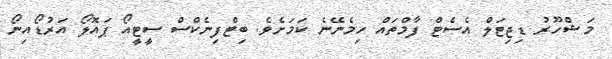
މަޝްހޫރު ޑިޖިޓަލް އެސެޓް ފާމްތައް ހިމެނޭނެ ކަމަށެވެ. ބިޓްފިނެކްސް ސީޓީއޯ ޕައޮލޯ އަރުޑޯއިނޯ